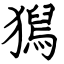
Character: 獡